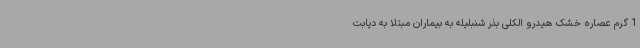
1 گرم عصاره خشک هیدرو الکلی بذر شنبلیله به بیماران مبتلا به دیابت